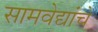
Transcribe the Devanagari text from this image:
सामवेद्यांचे